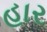
હાર